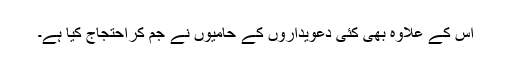
اس کے علاوہ بھی کئی دعویداروں کے حامیوں نے جم کراحتجاج کیا ہے۔